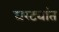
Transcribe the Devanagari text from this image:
घरट्यांत